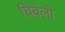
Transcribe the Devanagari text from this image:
चिवेली